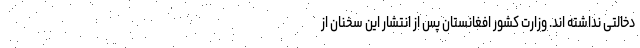
دخالتی نداشته اند. وزارت کشور افغانستان پس از انتشار این سخنان از